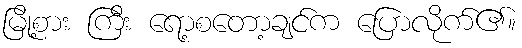
မြို့စား ကြီး ရော့စတော့ချင်က ပြောလိုက်၏။